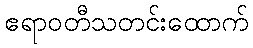
ဧရာဝတီသတင်းထောက်